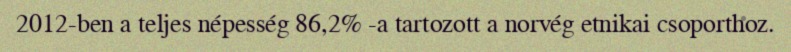
2012-ben a teljes népesség 86,2% -a tartozott a norvég etnikai csoporthoz.